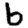
Digit: 6